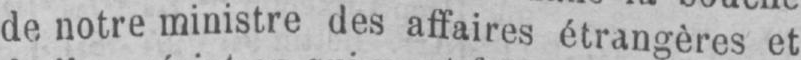
de notre ministre des affaires étrangères et